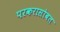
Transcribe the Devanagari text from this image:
परकरासोबत